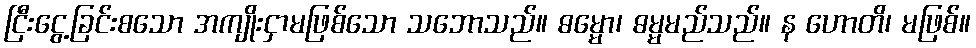
ငြီးငွေ့ခြင်းစသော အကျိုးငှာမဖြစ်သော သဘောသည်။ ဓမ္မော၊ ဓမ္မမည်သည်။ န ဟောတိ၊ မဖြစ်။